Problem: 9 + 33 = ?
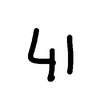
Handwritten answer: 41